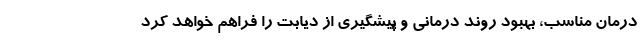
درمان مناسب، بهبود روند درمانی و پیشگیری از دیابت را فراهم خواهد کرد